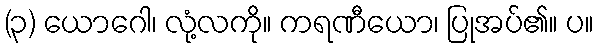
(၃) ယောဂေါ၊ လုံ့လကို။ ကရဏီယော၊ ပြုအပ်၏။ ပ။